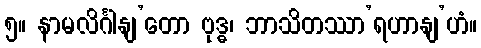
၅။ နာမလိင်္ဂါနျ’တော ဗုဒ္ဓ၊ ဘာသိတဿာ’ရဟာနျ’ဟံ။